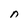
Character: n